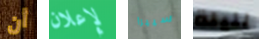
أن لإعلان سييرا لليلة